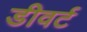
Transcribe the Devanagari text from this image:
डीवर्ट